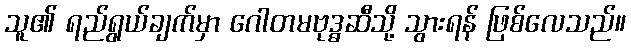
သူ၏ ရည်ရွယ်ချက်မှာ ဂေါတမဗုဒ္ဓဆီသို့ သွားရန် ဖြစ်လေသည်။